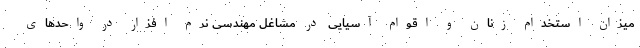
میزان استخدام زنان و اقوام آسیایی در مشاغل مهندسی نرم افزار در واحدهای